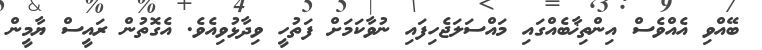
ބޭއްވި އެއްވެސް އިންތިޚާބެއްގައި މައްސަލަޖެހިފައި ނުވާކަމަށް ފަތުހީ ވިދާޅުވިއެވެ. އެގޮތުން ރައީސް ޔާމީން